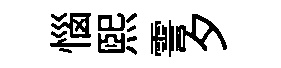
惱煕霅夕